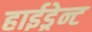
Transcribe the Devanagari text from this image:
हाईड्रेन्ट